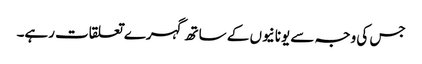
جس کی وجہ سے یونانیوں کے ساتھ گہرے تعلقات رہے۔